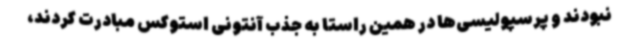
نبودند و پرسپولیسی‌ها در همین راستا به جذب آنتونی استوکس مبادرت کردند،